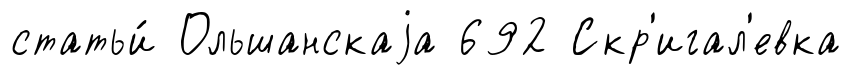
статьи́ Ольшанскаjа 692 Скр'игал'евка